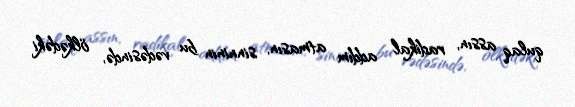
qulaq assın, radikal addım atmasın, sinninin bu vədəsində, ölkədəki